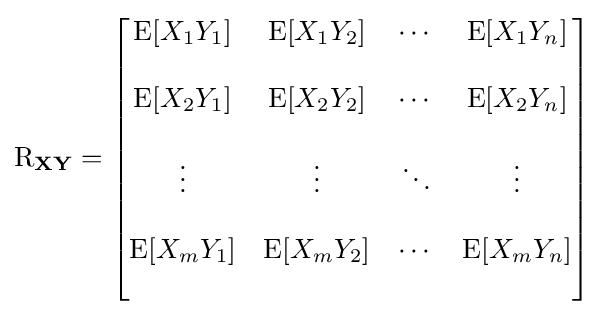
\operatorname {R} _{\mathbf {X} \mathbf {Y} }={\begin{bmatrix}\operatorname {E} [X_{1}Y_{1}]&\operatorname {E} [X_{1}Y_{2}]&\cdots &\operatorname {E} [X_{1}Y_{n}]\\\\\operatorname {E} [X_{2}Y_{1}]&\operatorname {E} [X_{2}Y_{2}]&\cdots &\operatorname {E} [X_{2}Y_{n}]\\\\\vdots &\vdots &\ddots &\vdots \\\\\operatorname {E} [X_{m}Y_{1}]&\operatorname {E} [X_{m}Y_{2}]&\cdots &\operatorname {E} [X_{m}Y_{n}]\\\\\end{bmatrix}}